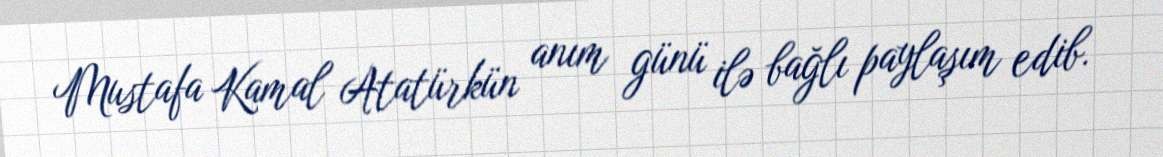
Mustafa Kamal Atatürkün anım günü ilə bağlı paylaşım edib.